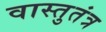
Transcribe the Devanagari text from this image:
वास्तुतंत्र